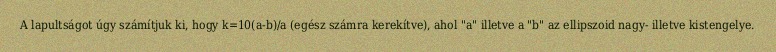
A lapultságot úgy számítjuk ki, hogy k=10(a-b)/a (egész számra kerekítve), ahol "a" illetve a "b" az ellipszoid nagy- illetve kistengelye.